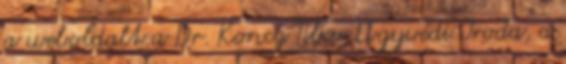
a weboldalt a Dr. Koncz Tibor Ügyvédi Iroda, a